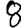
Digit: 8